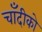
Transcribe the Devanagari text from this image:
चाँदीको